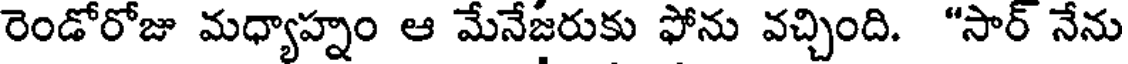
రెండోరోజు మధ్యాహ్నం ఆ మేనేజరుకు ఫోను వచ్చింది. "సార్ నేను